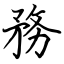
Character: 務